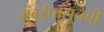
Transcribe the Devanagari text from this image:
मुंबईपासूनची